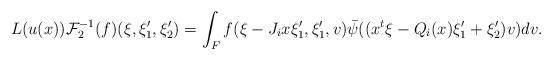
LaTeX: \begin{align*}L(u(x))\mathcal{F}_2^{-1}(f)(\xi,\xi_1',\xi'_2)&=\int_{F}f(\xi-J_ix\xi_1',\xi_1',v)\bar{\psi}((x^t\xi-Q_i(x)\xi'_1+\xi_2')v)dv.\end{align*}